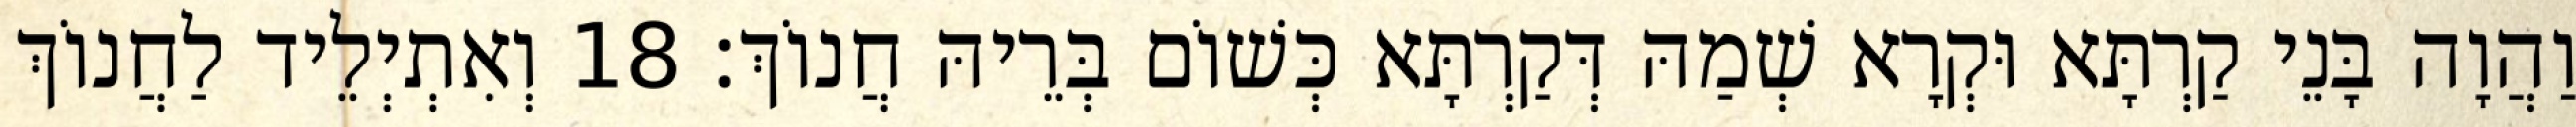
וַהֲוָה בָּנֵי קַרְתָּא וּקְרָא שְׁמַהּ דְּקַרְתָּא כְּשׁוֹם בְּרֵיהּ חֲנוֹךְ׃ 18 וְאִתְיְלֵיד לַחֲנוֹךְ